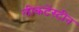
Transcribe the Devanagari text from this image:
लीकटेंस्टीन